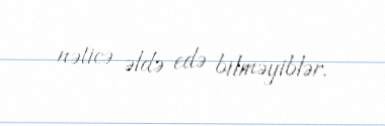
nəticə əldə edə bilməyiblər.